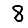
Digit: 8